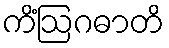
ကိံဩဂဓာတိ